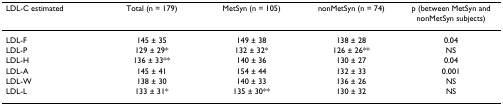
| LDL-C estimated | Total (n = 179) | MetSyn (n = 105) | nonMetSyn (n = 74) | p (between MetSyn and nonMetSyn subjects) |
 | --- | --- | --- | --- | --- |
 | LDL-F | 145 ± 35 | 149 ± 38 | 138 ± 28 | 0.04 |
 | LDL-P | 129 ± 29* | 132 ± 32* | 126 ± 26** | NS |
 | LDL-H | 136 ± 33** | 140 ± 36 | 130 ± 27 | 0.04 |
 | LDL-A | 145 ± 41 | 154 ± 44 | 132 ± 33 | 0.001 |
 | LDL-W | 138 ± 30 | 140 ± 33 | 136 ± 26 | NS |
 | LDL-L | 133 ± 31* | 135 ± 30** | 130 ± 32 | NS |